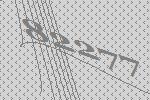
82277